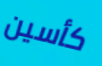
كأسين